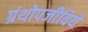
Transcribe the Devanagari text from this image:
ग्रंथोपजीविये